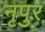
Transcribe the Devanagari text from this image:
नृपुर